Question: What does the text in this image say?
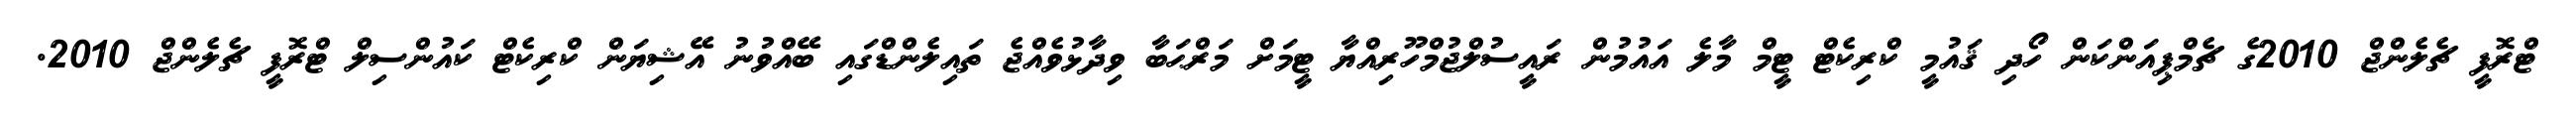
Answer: ޓްރޮފީ ޗެލެންޖް 2010ގެ ޗެމްޕިއަންކަން ހޯދި ޤައުމީ ކްރިކެޓް ޓީމް މާލެ އައުމުން ރައީސުލްޖުމްހޫރިއްޔާ ޓީމަށް މަރްޙަބާ ވިދާޅުވެއްޖެ ތައިލެންޑްގައި ބޭއްވުނު އޭޝިޔަން ކްރިކެޓް ކައުންސިލް ޓްރޮފީ ޗެލެންޖް 2010.